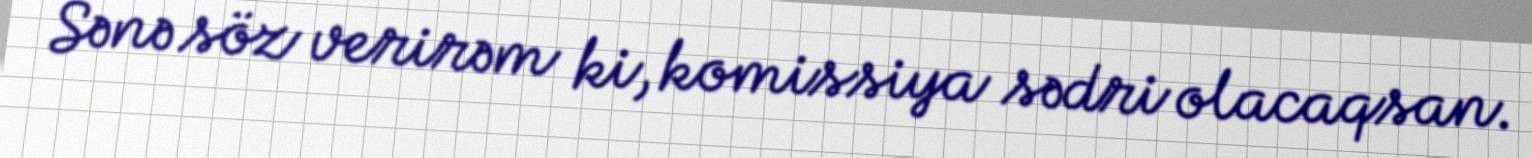
Sənə söz verirəm ki, komissiya sədri olacaqsan.